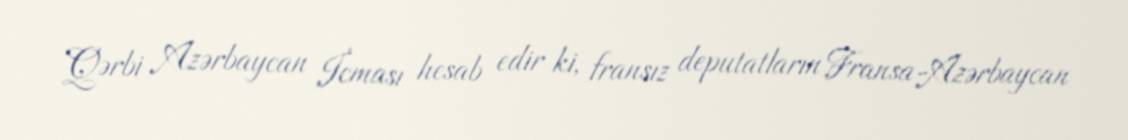
Qərbi Azərbaycan İcması hesab edir ki, fransız deputatların Fransa-Azərbaycan